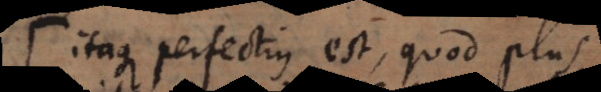
Itaque perfectius est, quod plus